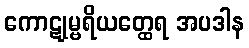
ကောဋုမ္ဗရိယတ္ထေရ အပဒါန